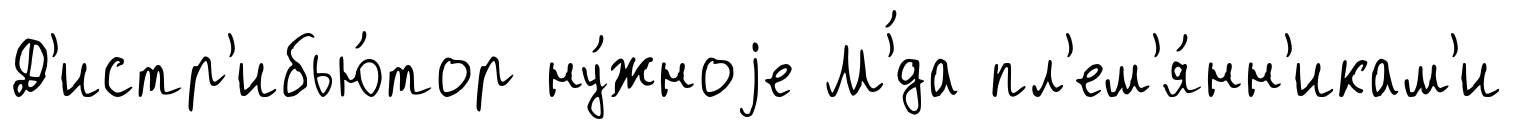
Д'истр'ибью́тор ну́жноjе М'́да пл'ем'я́нн'икам'и